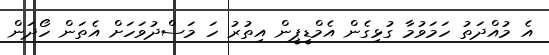
އެ މުއްދަތު ހަމަވުމާ ގުޅިގެން އެމްޑީޕީން އިތުރު ހަ މަސްދުވަހަށް އެތަން ހޯދަން